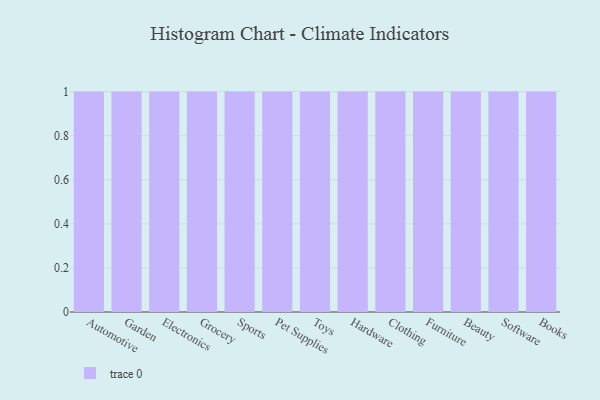
{"axis": {"x": "Category", "y": "Humidity (%)"}, "legend": [""], "data": [{"x": "Automotive", "y": 8, "type": ""}, {"x": "Garden", "y": 95, "type": ""}, {"x": "Electronics", "y": 52, "type": ""}, {"x": "Grocery", "y": 50, "type": ""}, {"x": "Sports", "y": 37, "type": ""}, {"x": "Pet Supplies", "y": 75, "type": ""}, {"x": "Toys", "y": 67, "type": ""}, {"x": "Hardware", "y": 58, "type": ""}, {"x": "Clothing", "y": 83, "type": ""}, {"x": "Furniture", "y": 85, "type": ""}, {"x": "Beauty", "y": 60, "type": ""}, {"x": "Software", "y": 27, "type": ""}, {"x": "Books", "y": 76, "type": ""}]}